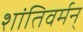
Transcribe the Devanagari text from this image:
शांतिवर्मन्